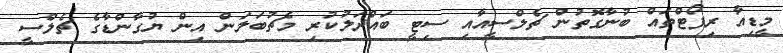
މީޑިއާ ރިޕޯޓްތައް ބުނާގޮތުން ޗެލްސީއާއި ސިޓީ ބައްދަލުކުރި މެޗުބަލަން އިން ޔުގާންޑާގެ ޗެލްސީ